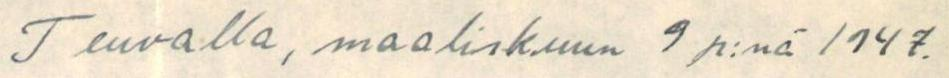
Teuvalla, maaliskuun 9 p:nä 1947.